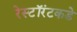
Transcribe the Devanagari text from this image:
रेस्टॉरंटकडे